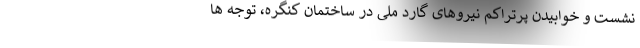
نشست و خوابیدن پرتراکم نیروهای گارد ملی در ساختمان کنگره، توجه ها